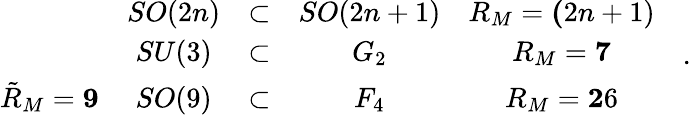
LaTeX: \begin{array}{ccccc}{{}}&{{SO(2n)}}&{{\subset}}&{{SO(2n+1)}}&{{R_{M}={\mathbf(2n+1)}}}\\ {{}}&{{SU(3)}}&{{\subset}}&{{G_{2}}}&{{R_{M}={\mathbf 7}}}\\ {{\tilde{R}_{M}={\mathbf 9}}}&{{SO(9)}}&{{\subset}}&{{F_{4}}}&{{R_{M}={\mathbf 26}}}\end{array}\quad.